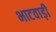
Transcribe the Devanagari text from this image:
भाटवाड़ी